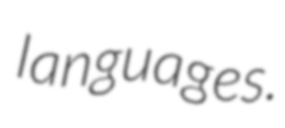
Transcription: languages.